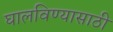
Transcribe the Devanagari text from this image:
घालविण्‍यासाठी